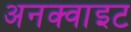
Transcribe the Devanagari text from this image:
अनक्वाइट